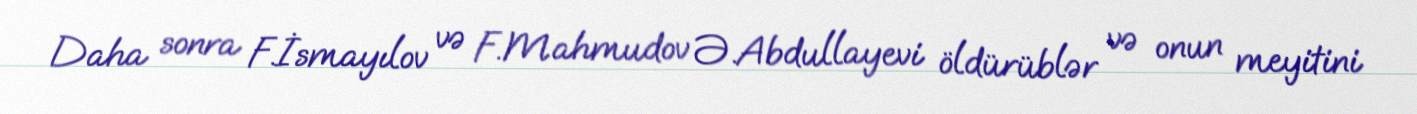
Daha sonra F.İsmayılov və F.Mahmudov Ə.Abdullayevi öldürüblər və onun meyitini